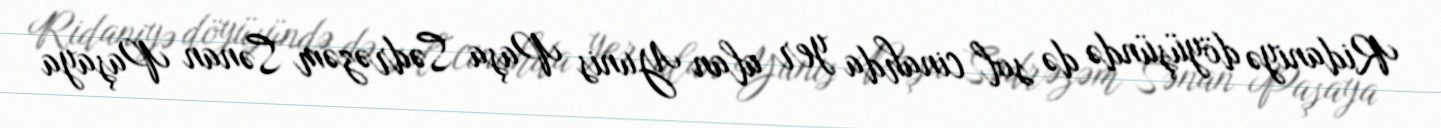
Ridaniyə döyüşündə də sol cinahda yer alan Yunis Paşa Sədrəzəm Sənan Paşaya